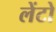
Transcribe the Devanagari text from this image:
लेंटो